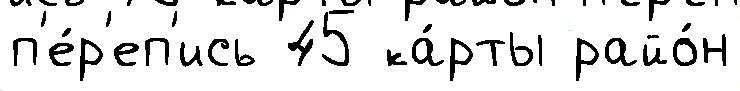
п'е́р'еп'ись 45 ка́рты райо́н